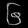
Digit: ၆